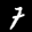
Label: 7